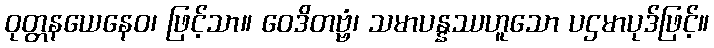
ဝုတ္တနယေနေဝ၊ ဖြင့်သာ။ ဝေဒိတဗ္ဗံ၊ သမာပန္နဿဟူသော ပဌမာပုဒ်ဖြင့်။